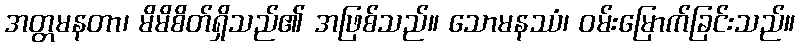
အတ္တမနတာ၊ မိမိစိတ်ရှိသည်၏ အဖြစ်သည်။ သောမနဿံ၊ ဝမ်းမြောက်ခြင်းသည်။